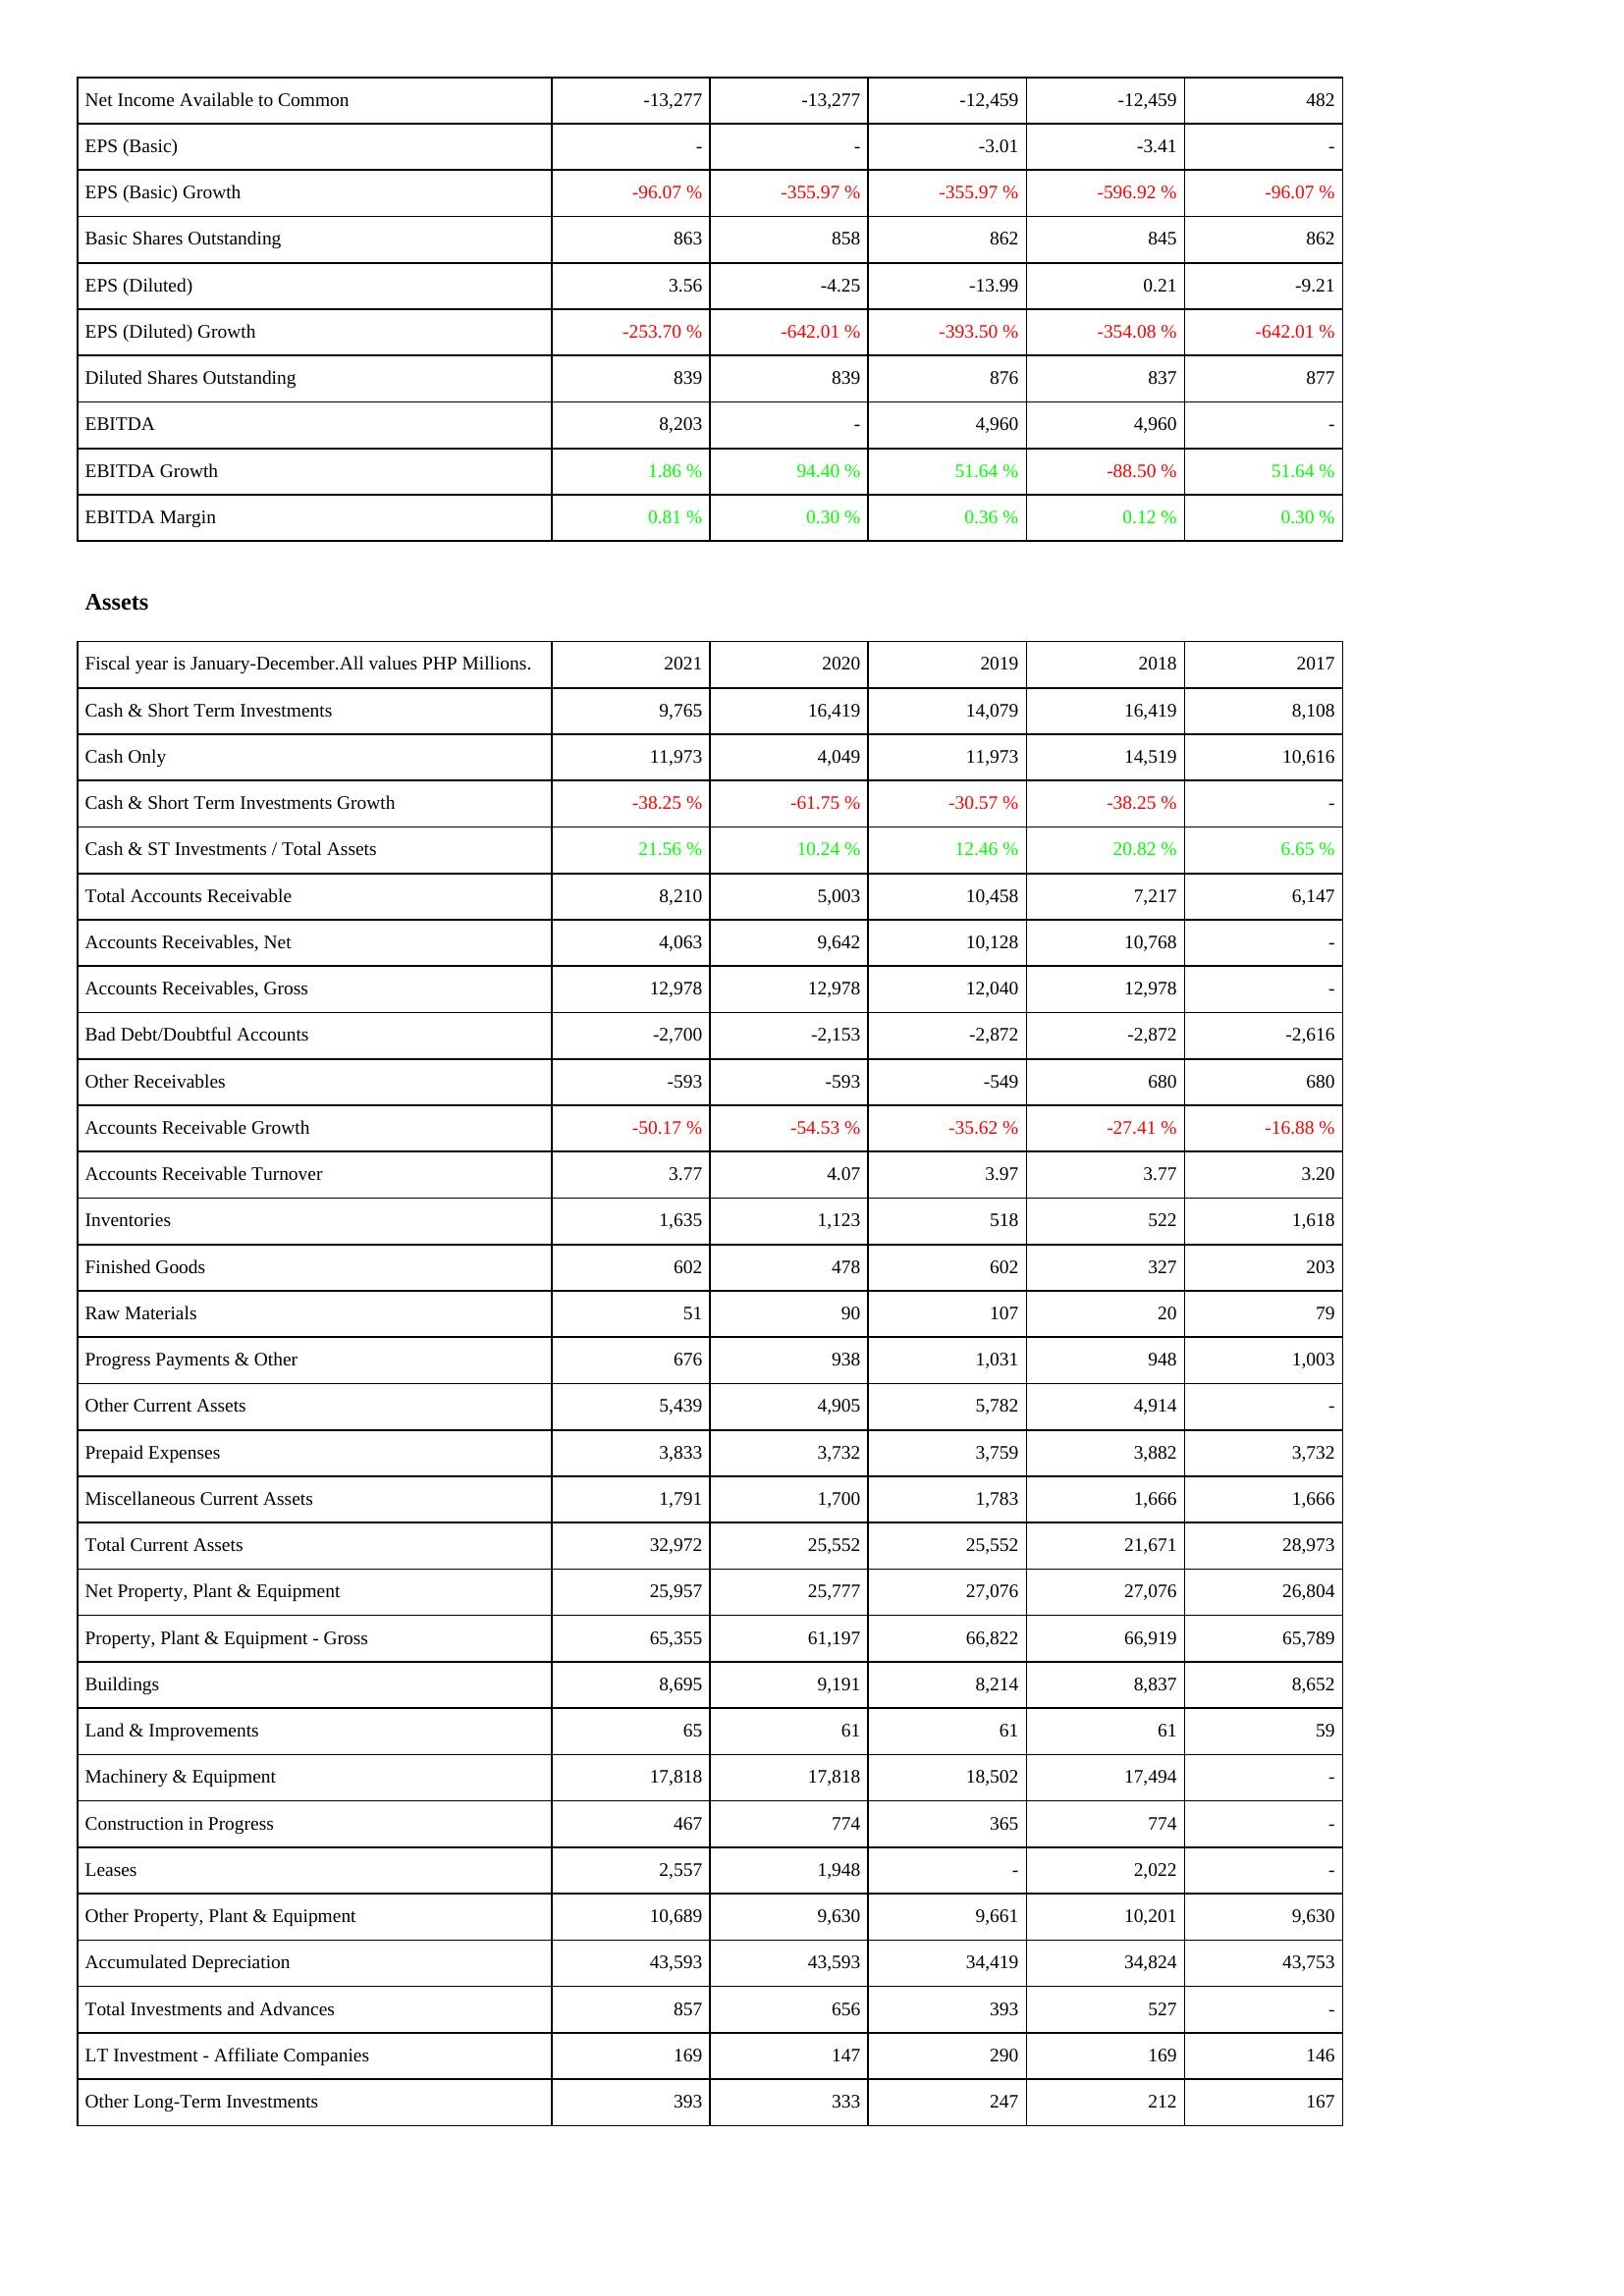
2021: Income Statement: Net Income Available to Common: -13,277
EPS (Basic): -
EPS (Basic) Growth: -96.07 %
Basic Shares Outstanding: 863
EPS (Diluted): 3.56
EPS (Diluted) Growth: -253.70 %
Diluted Shares Outstanding: 839
EBITDA: 8,203
EBITDA Growth: 1.86 %
EBITDA Margin: 0.81 %
Assets: Cash & Short Term Investments: 9,765
Cash Only: 11,973
Cash & Short Term Investments Growth: -38.25 %
Cash & ST Investments / Total Assets: 21.56 %
Total Accounts Receivable: 8,210
Accounts Receivables, Net: 4,063
Accounts Receivables, Gross: 12,978
Bad Debt/Doubtful Accounts: -2,700
Other Receivables: -593
Accounts Receivable Growth: -50.17 %
Accounts Receivable Turnover: 3.77
Inventories: 1,635
Finished Goods: 602
Raw Materials: 51
Progress Payments & Other: 676
Other Current Assets: 5,439
Prepaid Expenses: 3,833
Miscellaneous Current Assets: 1,791
Total Current Assets: 32,972
Net Property, Plant & Equipment: 25,957
Property, Plant & Equipment - Gross: 65,355
Buildings: 8,695
Land & Improvements: 65
Machinery & Equipment: 17,818
Construction in Progress: 467
Leases: 2,557
Other Property, Plant & Equipment: 10,689
Accumulated Depreciation: 43,593
Total Investments and Advances: 857
LT Investment - Affiliate Companies: 169
Other Long-Term Investments: 393
2020: Income Statement: Net Income Available to Common: -13,277
EPS (Basic): -
EPS (Basic) Growth: -355.97 %
Basic Shares Outstanding: 858
EPS (Diluted): -4.25
EPS (Diluted) Growth: -642.01 %
Diluted Shares Outstanding: 839
EBITDA: -
EBITDA Growth: 94.40 %
EBITDA Margin: 0.30 %
Assets: Cash & Short Term Investments: 16,419
Cash Only: 4,049
Cash & Short Term Investments Growth: -61.75 %
Cash & ST Investments / Total Assets: 10.24 %
Total Accounts Receivable: 5,003
Accounts Receivables, Net: 9,642
Accounts Receivables, Gross: 12,978
Bad Debt/Doubtful Accounts: -2,153
Other Receivables: -593
Accounts Receivable Growth: -54.53 %
Accounts Receivable Turnover: 4.07
Inventories: 1,123
Finished Goods: 478
Raw Materials: 90
Progress Payments & Other: 938
Other Current Assets: 4,905
Prepaid Expenses: 3,732
Miscellaneous Current Assets: 1,700
Total Current Assets: 25,552
Net Property, Plant & Equipment: 25,777
Property, Plant & Equipment - Gross: 61,197
Buildings: 9,191
Land & Improvements: 61
Machinery & Equipment: 17,818
Construction in Progress: 774
Leases: 1,948
Other Property, Plant & Equipment: 9,630
Accumulated Depreciation: 43,593
Total Investments and Advances: 656
LT Investment - Affiliate Companies: 147
Other Long-Term Investments: 333
2019: Income Statement: Net Income Available to Common: -12,459
EPS (Basic): -3.01
EPS (Basic) Growth: -355.97 %
Basic Shares Outstanding: 862
EPS (Diluted): -13.99
EPS (Diluted) Growth: -393.50 %
Diluted Shares Outstanding: 876
EBITDA: 4,960
EBITDA Growth: 51.64 %
EBITDA Margin: 0.36 %
Assets: Cash & Short Term Investments: 14,079
Cash Only: 11,973
Cash & Short Term Investments Growth: -30.57 %
Cash & ST Investments / Total Assets: 12.46 %
Total Accounts Receivable: 10,458
Accounts Receivables, Net: 10,128
Accounts Receivables, Gross: 12,040
Bad Debt/Doubtful Accounts: -2,872
Other Receivables: -549
Accounts Receivable Growth: -35.62 %
Accounts Receivable Turnover: 3.97
Inventories: 518
Finished Goods: 602
Raw Materials: 107
Progress Payments & Other: 1,031
Other Current Assets: 5,782
Prepaid Expenses: 3,759
Miscellaneous Current Assets: 1,783
Total Current Assets: 25,552
Net Property, Plant & Equipment: 27,076
Property, Plant & Equipment - Gross: 66,822
Buildings: 8,214
Land & Improvements: 61
Machinery & Equipment: 18,502
Construction in Progress: 365
Leases: -
Other Property, Plant & Equipment: 9,661
Accumulated Depreciation: 34,419
Total Investments and Advances: 393
LT Investment - Affiliate Companies: 290
Other Long-Term Investments: 247
2018: Income Statement: Net Income Available to Common: -12,459
EPS (Basic): -3.41
EPS (Basic) Growth: -596.92 %
Basic Shares Outstanding: 845
EPS (Diluted): 0.21
EPS (Diluted) Growth: -354.08 %
Diluted Shares Outstanding: 837
EBITDA: 4,960
EBITDA Growth: -88.50 %
EBITDA Margin: 0.12 %
Assets: Cash & Short Term Investments: 16,419
Cash Only: 14,519
Cash & Short Term Investments Growth: -38.25 %
Cash & ST Investments / Total Assets: 20.82 %
Total Accounts Receivable: 7,217
Accounts Receivables, Net: 10,768
Accounts Receivables, Gross: 12,978
Bad Debt/Doubtful Accounts: -2,872
Other Receivables: 680
Accounts Receivable Growth: -27.41 %
Accounts Receivable Turnover: 3.77
Inventories: 522
Finished Goods: 327
Raw Materials: 20
Progress Payments & Other: 948
Other Current Assets: 4,914
Prepaid Expenses: 3,882
Miscellaneous Current Assets: 1,666
Total Current Assets: 21,671
Net Property, Plant & Equipment: 27,076
Property, Plant & Equipment - Gross: 66,919
Buildings: 8,837
Land & Improvements: 61
Machinery & Equipment: 17,494
Construction in Progress: 774
Leases: 2,022
Other Property, Plant & Equipment: 10,201
Accumulated Depreciation: 34,824
Total Investments and Advances: 527
LT Investment - Affiliate Companies: 169
Other Long-Term Investments: 212
2017: Income Statement: Net Income Available to Common: 482
EPS (Basic): -
EPS (Basic) Growth: -96.07 %
Basic Shares Outstanding: 862
EPS (Diluted): -9.21
EPS (Diluted) Growth: -642.01 %
Diluted Shares Outstanding: 877
EBITDA: -
EBITDA Growth: 51.64 %
EBITDA Margin: 0.30 %
Assets: Cash & Short Term Investments: 8,108
Cash Only: 10,616
Cash & Short Term Investments Growth: -
Cash & ST Investments / Total Assets: 6.65 %
Total Accounts Receivable: 6,147
Accounts Receivables, Net: -
Accounts Receivables, Gross: -
Bad Debt/Doubtful Accounts: -2,616
Other Receivables: 680
Accounts Receivable Growth: -16.88 %
Accounts Receivable Turnover: 3.20
Inventories: 1,618
Finished Goods: 203
Raw Materials: 79
Progress Payments & Other: 1,003
Other Current Assets: -
Prepaid Expenses: 3,732
Miscellaneous Current Assets: 1,666
Total Current Assets: 28,973
Net Property, Plant & Equipment: 26,804
Property, Plant & Equipment - Gross: 65,789
Buildings: 8,652
Land & Improvements: 59
Machinery & Equipment: -
Construction in Progress: -
Leases: -
Other Property, Plant & Equipment: 9,630
Accumulated Depreciation: 43,753
Total Investments and Advances: -
LT Investment - Affiliate Companies: 146
Other Long-Term Investments: 167